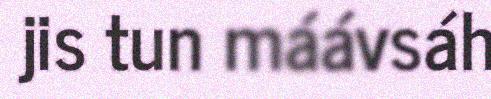
jis tun máávsáh